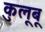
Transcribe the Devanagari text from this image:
कुलूबू